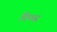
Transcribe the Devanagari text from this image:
निप्पर